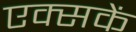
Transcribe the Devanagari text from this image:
एक्सकें